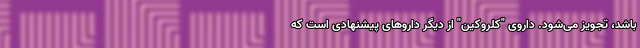
باشد، تجویز می‌شود. داروی "کلروکین" از دیگر داروهای پیشنهادی است که